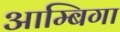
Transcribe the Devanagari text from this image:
आम्बिगा